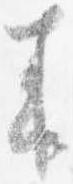
来